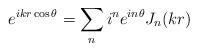
LaTeX: \begin{align*}e^{ikr\cos\theta}=\sum_n i^n e^{in\theta} J_n(kr)\end{align*}